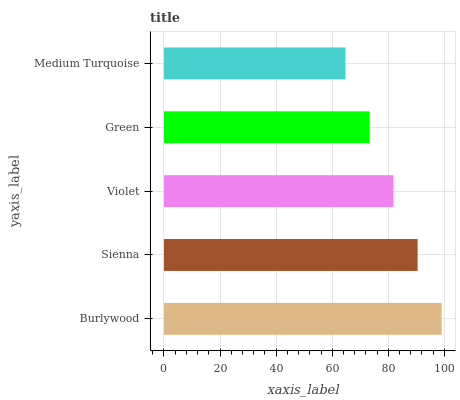
| yaxis_label | bars |
 | --- | --- |
 | Burlywood | 99 |
 | Sienna | 90.4 |
 | Violet | 81.9 |
 | Green | 73.3 |
 | Medium Turquoise | 64.7 |